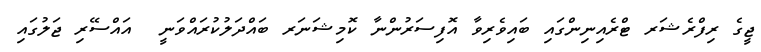
ޖީގެ ރިފްރެޝަރ ޓްރެއިނިންގައި ބައިވެރިވާ އޮފިސަރުންނާ ކޮމިޝަނަރ ބައްދަލުކުރައްވަނީ  އައްސޭރި ޖަލުގައި